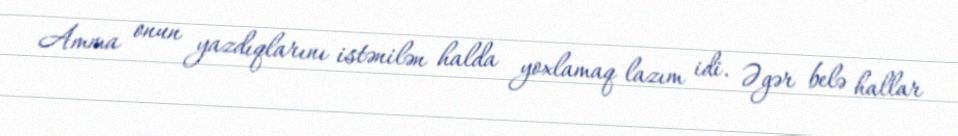
Amma onun yazdıqlarını istənilən halda yoxlamaq lazım idi. Əgər belə hallar